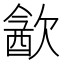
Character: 㱃